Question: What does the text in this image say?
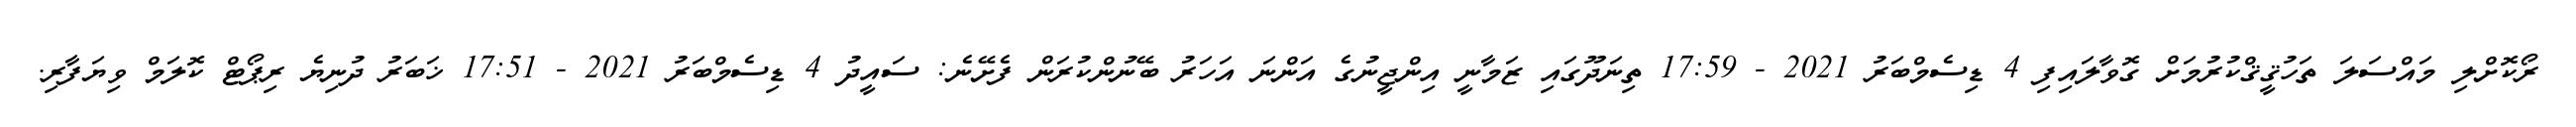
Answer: ރޯކޮށްލި މައްސަލަ ތަހުޤީޤްކުރުމަށް ގޮވާލައިފި 4 ޑިސެމްބަރު 2021 - 17:59 ތިނަދޫގައި ޒަމާނީ އިންޖީނުގެ އަންނަ އަހަރު ބޭނުންކުރަން ފެށޭނެ: ސައީދު 4 ޑިސެމްބަރު 2021 - 17:51 ޚަބަރު ދުނިޔެ ރިޕޯޓް ކޮލަމް ވިޔަފާރި.